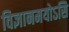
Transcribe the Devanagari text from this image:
विज्ञानमयोऽसि